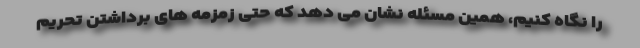
را نگاه کنیم، همین مسئله نشان می دهد که حتی زمزمه های برداشتن تحریم